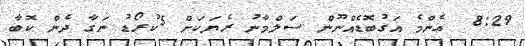
8:29  ޢެންމެ އަގުބޮޑެއްނޫން ސަލްމާނު ރެޔަކަށް 5ކުރޯޑު ނަގާ ދެން ކޮބާ